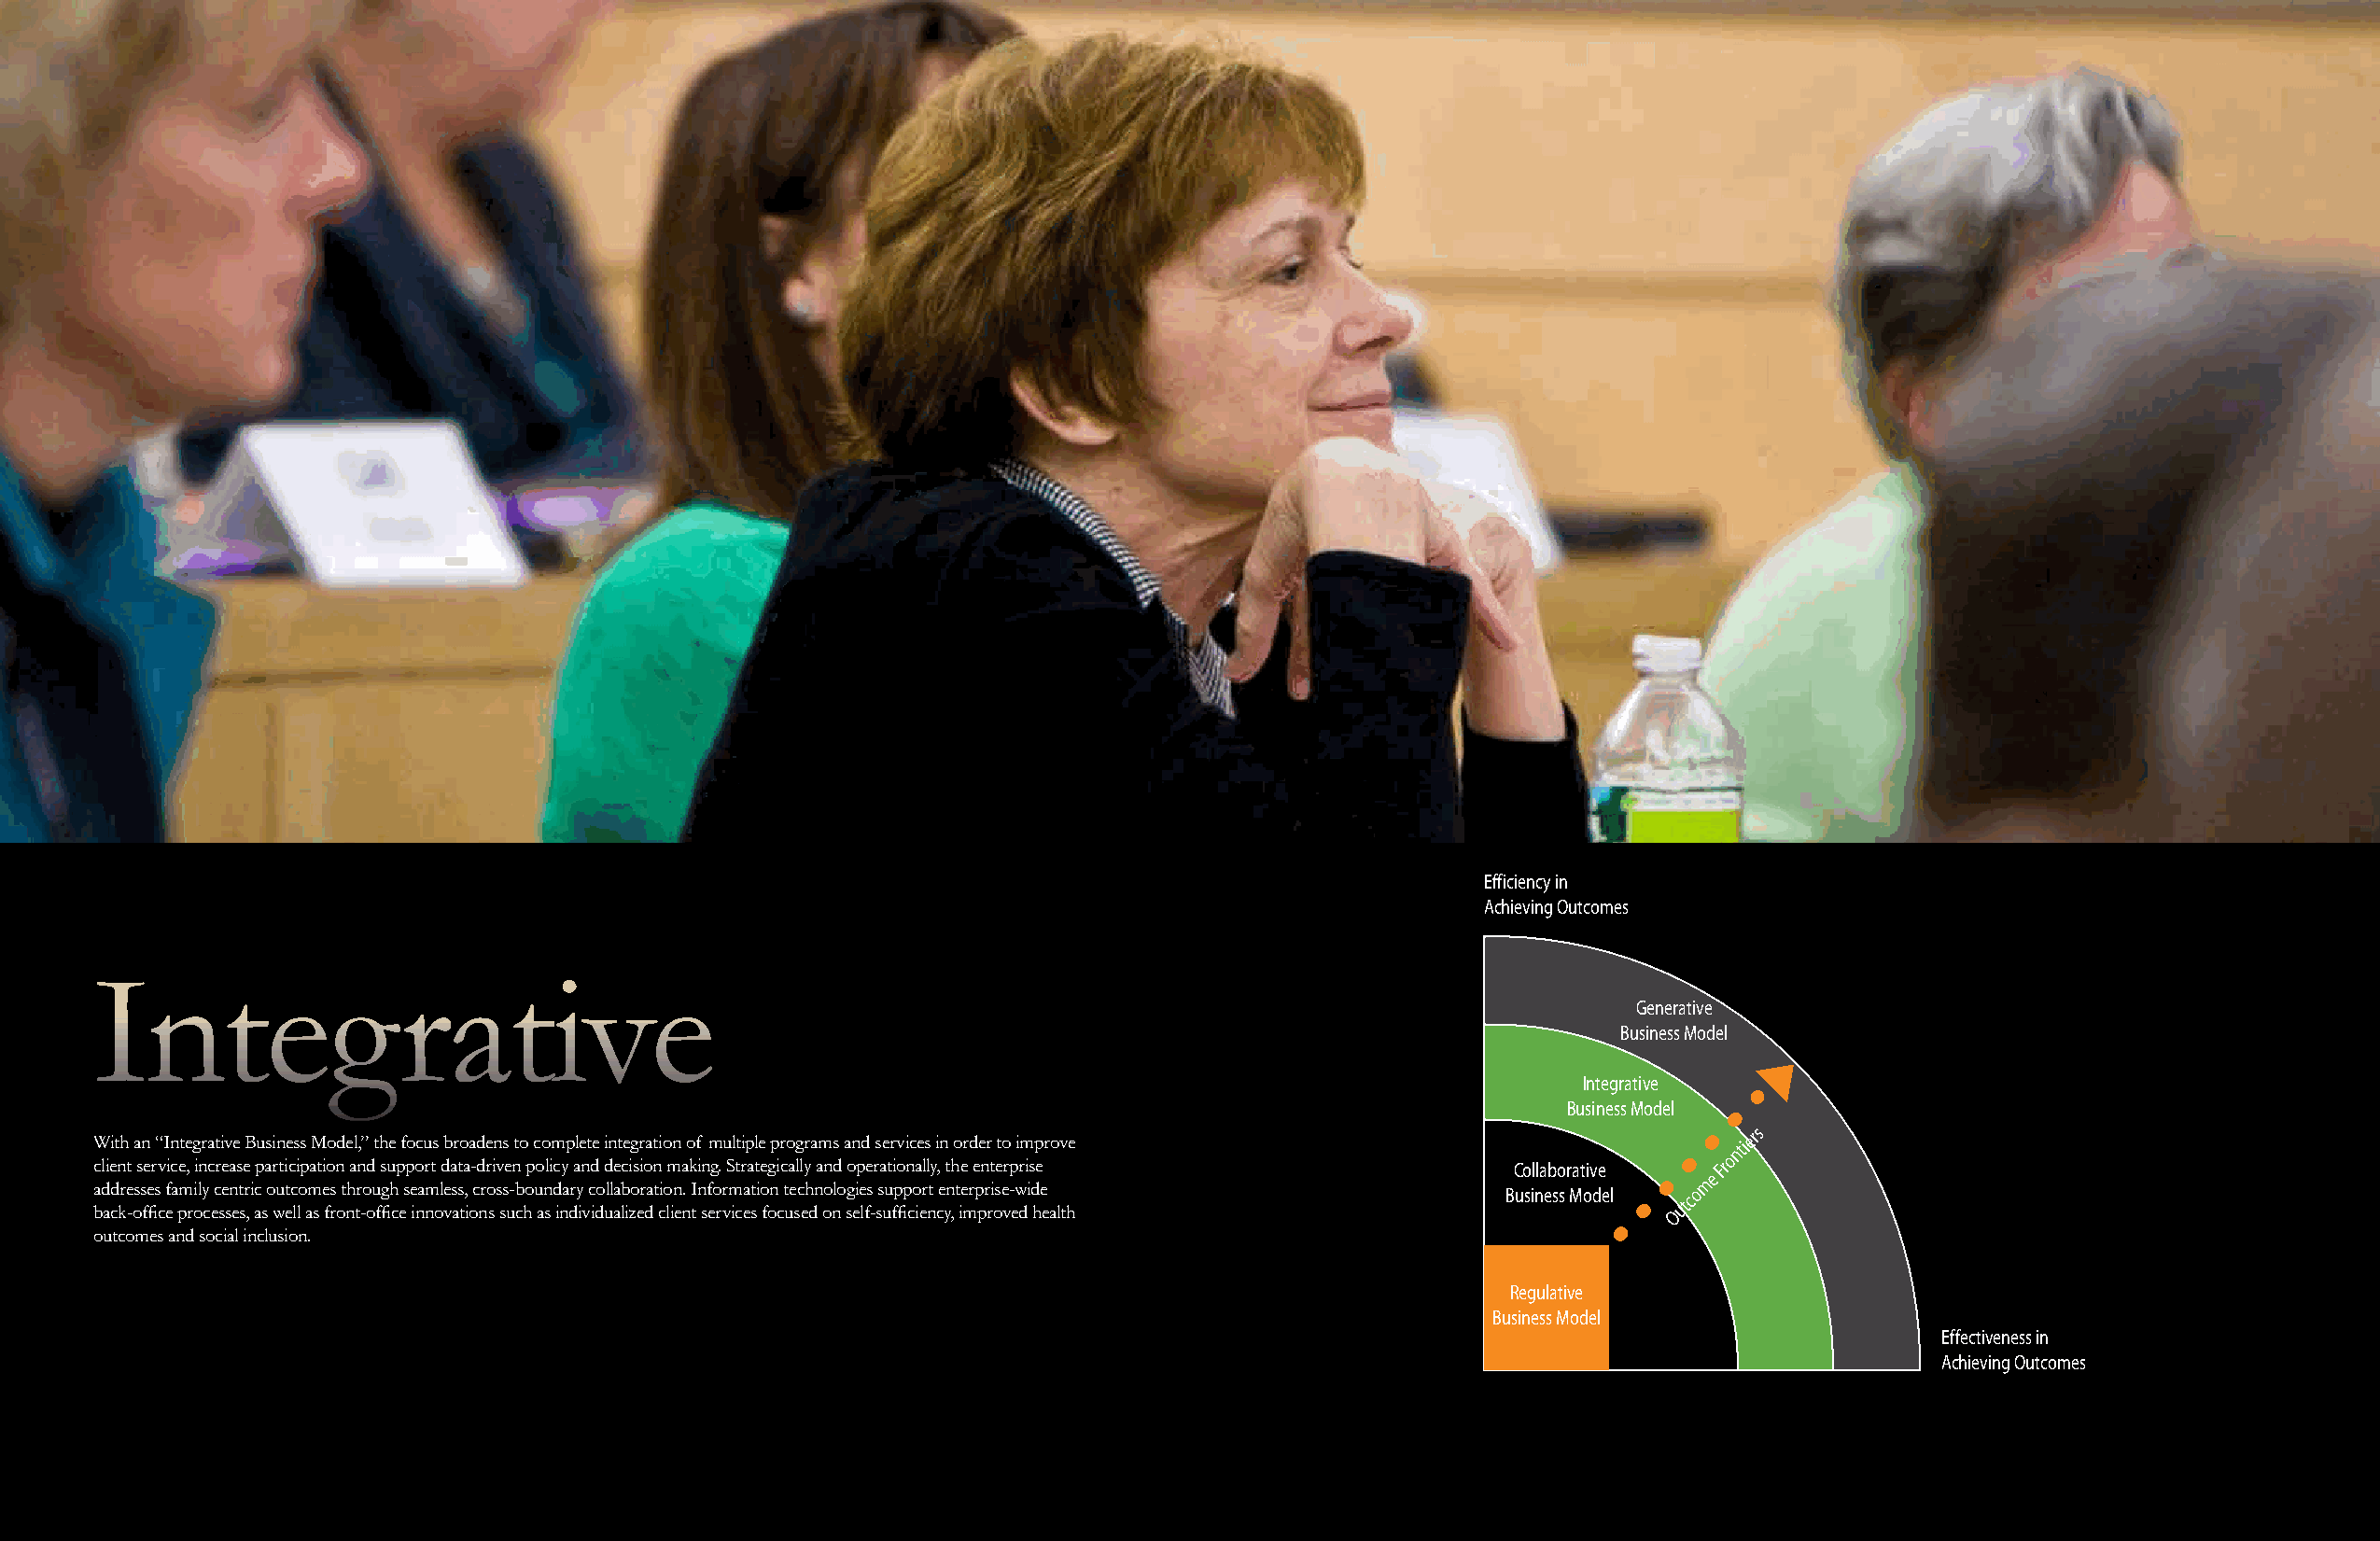
Efficiency in
 Achieving Outcomes
 integrative
 Generative
 Business Model
 Integrative
 Business Model
 With an “Integrative Business Model,” the focus broadens to complete integration of multiple programs and services in order to improve
 ntiers
 o
 client service, increase participation and support data-driven policy and decision making. Strategically and operationally, the enterprise Collaborative
 e
 Fr
 addresses family centric outcomes through seamless, cross-boundary collaboration. information technologies support enterprise-wide Business Model om
 back-office processes, as well as front-office innovations such as individualized client services focused on self-sufficiency, improved health
 Outc
 outcomes and social inclusion.
 Regulative
 Business Model
 Effectiveness in
 Achieving Outcomes
 page 19                                         The pursuiT of ouTcomes